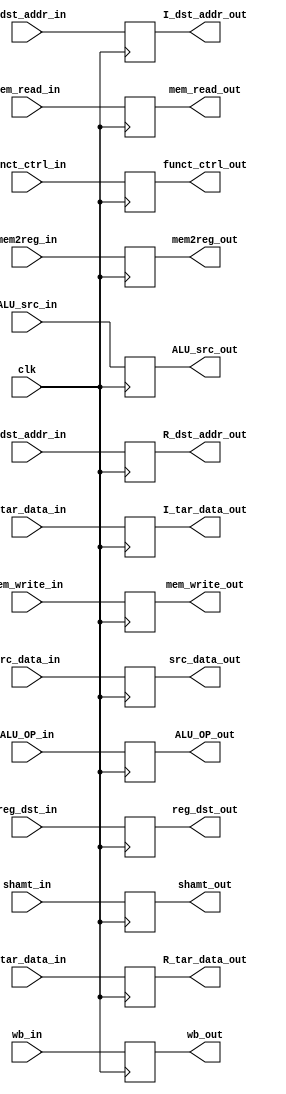
module ID_EX(
    //Outputs
    output wb_out,
    output ALU_src_out,
    output mem_read_out,
    output mem_write_out,
    output reg_dst_out,
    output mem2reg_out,
    output [1:0]ALU_OP_out,
    output [31:0]src_data_out,
    output [31:0]R_tar_data_out,
    output [31:0]I_tar_data_out,
    output [4:0]shamt_out,
    output [4:0]R_dst_addr_out,
    output [4:0]I_dst_addr_out,
    output [5:0]funct_ctrl_out,
    //Inputs
    input wb_in,
    input ALU_src_in,
    input mem_read_in,
    input mem_write_in,
    input reg_dst_in,
    input mem2reg_in,
    input [1:0]ALU_OP_in,
    input [31:0]src_data_in,
    input [31:0]R_tar_data_in,
    input [31:0]I_tar_data_in,
    input [4:0]shamt_in,
    input [4:0]R_dst_addr_in,
    input [4:0]I_dst_addr_in,
    input [5:0]funct_ctrl_in,
    input clk
);

reg wb, ALU_src, mem_read, mem_write, reg_dst, mem2reg;
reg [1:0]ALU_OP;
reg [31:0]src_data, R_tar_data, I_tar_data;
reg [4:0]shamt, R_dst_addr, I_dst_addr;
reg [5:0]funct_ctrl;

always @(negedge clk) begin
    wb <= wb_in;
    ALU_src <= ALU_src_in;
    mem_read <= mem_read_in;
    mem_write <= mem_write_in;
    mem2reg <= mem2reg_in;
    reg_dst <= reg_dst_in;
    ALU_OP <= ALU_OP_in;
    src_data <= src_data_in;
    R_tar_data <= R_tar_data_in;
    I_tar_data <= I_tar_data_in;
    shamt <= shamt_in;
    R_dst_addr <= R_dst_addr_in;
    I_dst_addr <= I_dst_addr_in;
    funct_ctrl <= funct_ctrl_in;
end

assign wb_out = wb;
assign ALU_src_out = ALU_src;
assign mem_read_out = mem_read;
assign mem_write_out = mem_write;
assign reg_dst_out = reg_dst;
assign mem2reg_out = mem2reg;
assign ALU_OP_out = ALU_OP;
assign src_data_out = src_data;
assign R_tar_data_out = R_tar_data;
assign I_tar_data_out = I_tar_data;
assign shamt_out = shamt;
assign R_dst_addr_out = R_dst_addr;
assign I_dst_addr_out = I_dst_addr;
assign funct_ctrl_out = funct_ctrl;

endmodule